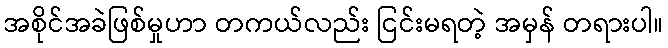
အစိုင်အခဲဖြစ်မှုဟာ တကယ်လည်း ငြင်းမရတဲ့ အမှန် တရားပါ။